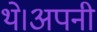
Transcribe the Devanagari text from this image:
थे।अपनी